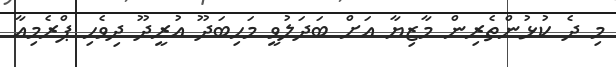
މި ދެ ކުޅުންތެރިން މާޒިޔާ އަށް ބަދަލުވީ މަހިބަދޫ އުރީދޫ ދިވެހި ޕްރެމިއާ